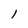
Character: 1